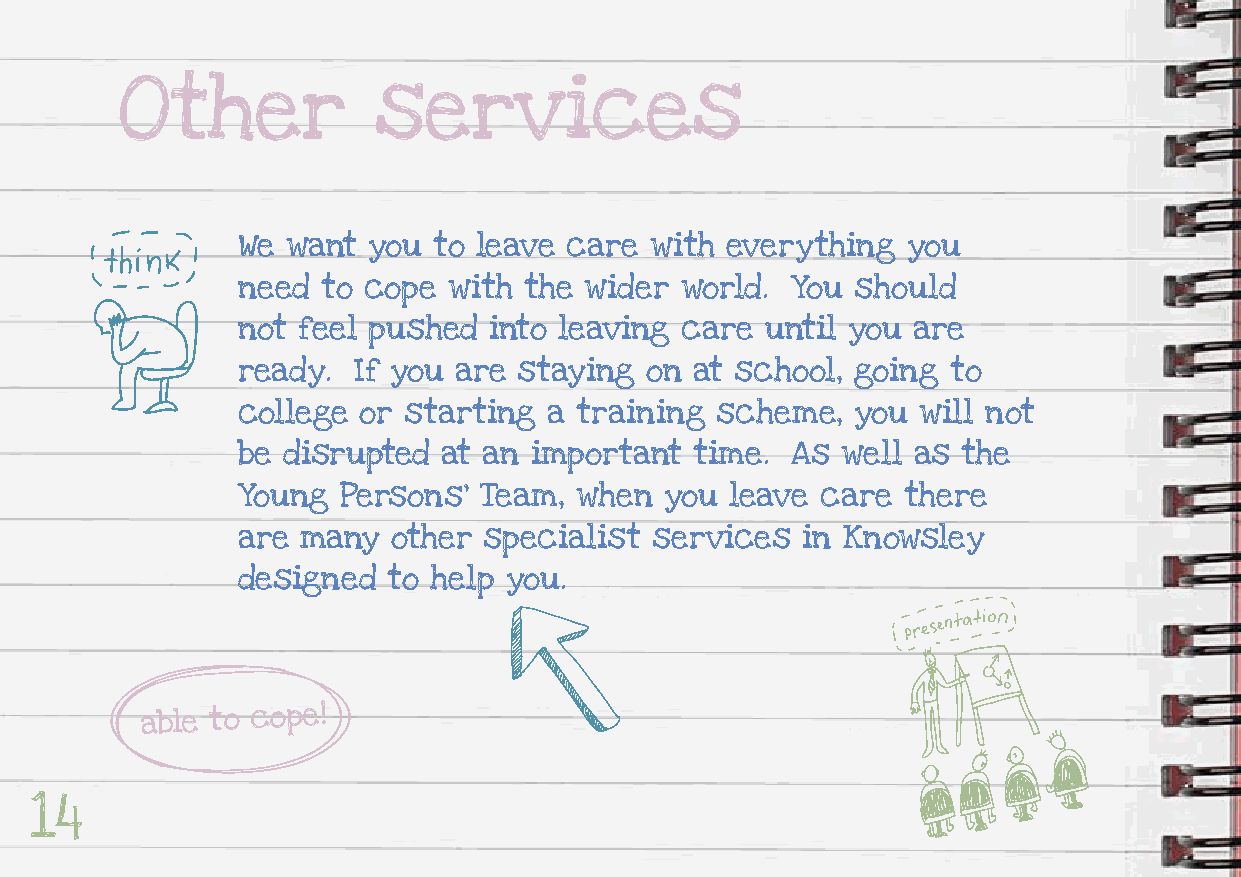
Other            services
 We want you  to leave care with everything  you
 need to cope  with the wider world. You  should
 not feel pushed into leaving care  until you are
 ready. If you are staying  on at school, going to
 college or starting a training scheme,   you will not
 be disrupted at an important  time. As  well as the
 Young  Persons’ Team, when  you leave care  there
 are many  other specialist services  in Knowsley
 designed  to help you.
 able to cope!
 14